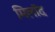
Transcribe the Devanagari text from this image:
मिलॉद